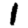
Digit: 1